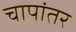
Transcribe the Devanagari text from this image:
चापांतर